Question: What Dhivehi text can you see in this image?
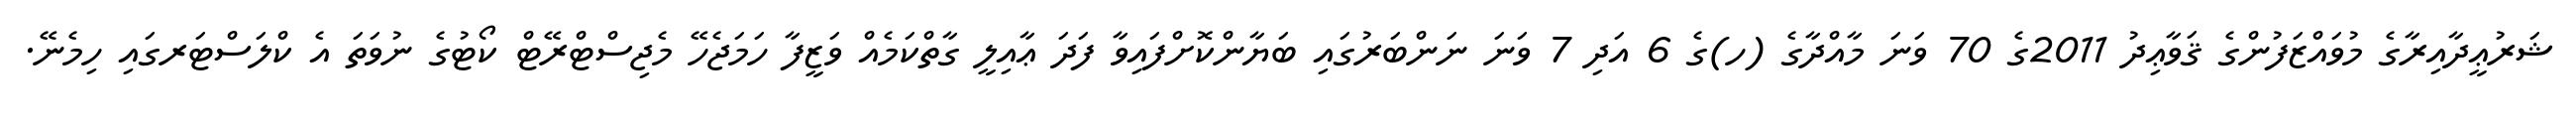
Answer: ޝަރުޢީދާއިރާގެ މުވައްޒަފުންގެ ޤަވާޢިދު 2011ގެ 70 ވަނަ މާއްދާގެ (ހ)ގެ 6 އަދި 7 ވަނަ ނަންބަރުގައި ބަޔާންކޮށްފައިވާ ފަދަ ޢާއިލީ ގާތްކަމެއް ވަޒީފާ ހަމަޖެހޭ މެޖިސްޓްރޭޓް ކޯޓުގެ ނުވަތަ އެ ކްލަސްޓަރގައި ހިމެނޭ.